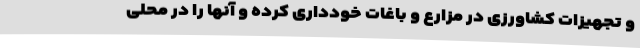
و تجهیزات کشاورزی در مزارع و باغات خودداری کرده و آنها را در محلی